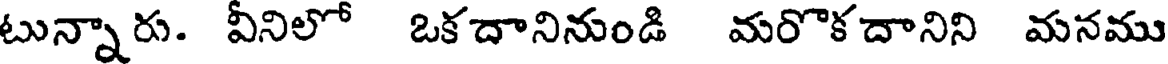
టున్నారు. వీనిలో ఒకదానినుండి మరొక దానిని మనము